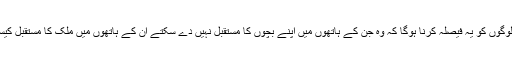
طارق انور نے کہاکہ لوگوں کو یہ فیصلہ کرنا ہوگا کہ وہ جن کے ہاتھوں میں اپنے بچوں کا مستقبل نہیں دے سکتے ان کے ہاتھوں میں ملک کا مستقبل کیسے انہوں نے دے دیا ۔